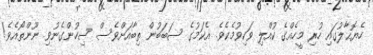
ހެޔޮޙާލުގައި ހުރި މީހެއްގެ ކުއްލި ވަކިވުމެކެވެ. އެކަމުގެ ސަބަބުން ތިބާއަށްވެސް ސިހުންގެނުވި ނޫންތޯއެވެ!